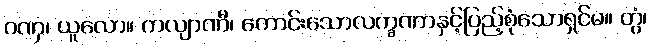
ဂဏှ၊ ယူလော။ ကလျာဏီ၊ ကောင်းသောလက္ခဏာနှင့်ပြည့်စုံသောရှင်မ။ တွံ၊